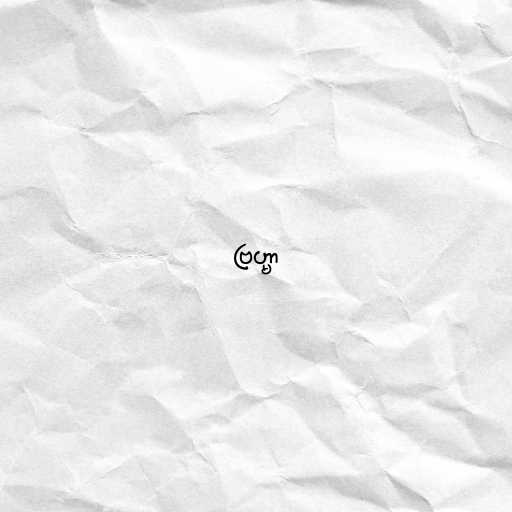
ဗြဟ္မာ